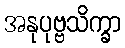
အနုပုဗ္ဗသိက္ခာ